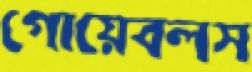
গোয়েবলস